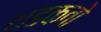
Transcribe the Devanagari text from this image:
थडकतो